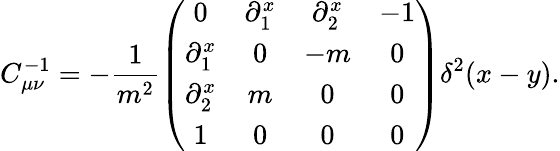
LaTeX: C_{\mu\nu}^{-1}=-\frac{1}{m^{2}}\left(\begin{array}{cccc}{{0}}&{{\partial_{1}^{x}}}&{{\partial_{2}^{x}}}&{{-1}}\\ {{\partial_{1}^{x}}}&{{0}}&{{-m}}&{{0}}\\ {{\partial_{2}^{x}}}&{{m}}&{{0}}&{{0}}\\ {{1}}&{{0}}&{{0}}&{{0}}\end{array}\right)\delta^{2}(x-y).